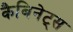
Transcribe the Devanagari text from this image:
कैबिनेट्स